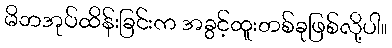
မိဘအုပ်ထိန်းခြင်းက အခွင့်ထူးတစ်ခုဖြစ်လို့ပါ။